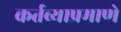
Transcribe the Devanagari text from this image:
कर्तव्याप्रमाणे